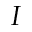
I